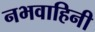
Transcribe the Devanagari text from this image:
नभवाहिनी